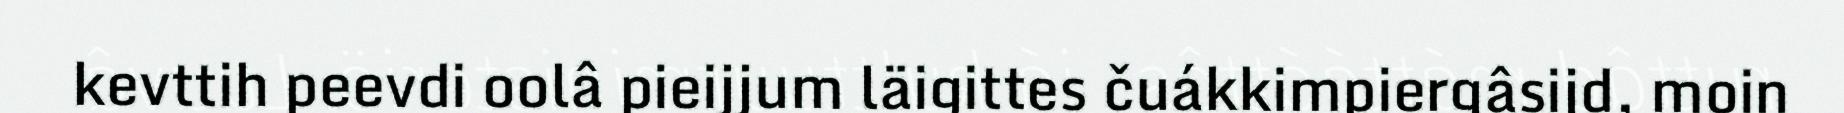
kevttih peevdi oolâ pieijjum läigittes čuákkimpiergâsijd, moin